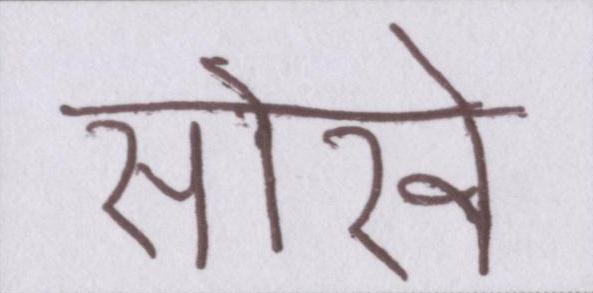
सोखे